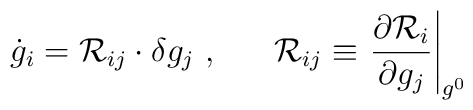
\dot{g}_{i}={\cal R}_{ij}\cdot\delta g_{j}\ ,\ \ \ \ \			{\cal R}_{ij}\equiv				\left.\frac{\partial{\cal R}_{i}}{\partial g_{j}}\right|_{g^{0}}